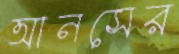
আনসের